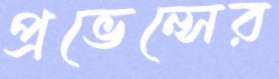
প্রভেন্সের